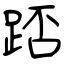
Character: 踎